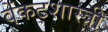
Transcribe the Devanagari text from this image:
वेंकटशास्त्री